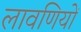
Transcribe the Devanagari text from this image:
लावणियों